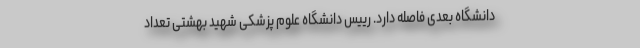
دانشگاه بعدی فاصله دارد. رییس دانشگاه علوم پزشکی شهید بهشتی تعداد